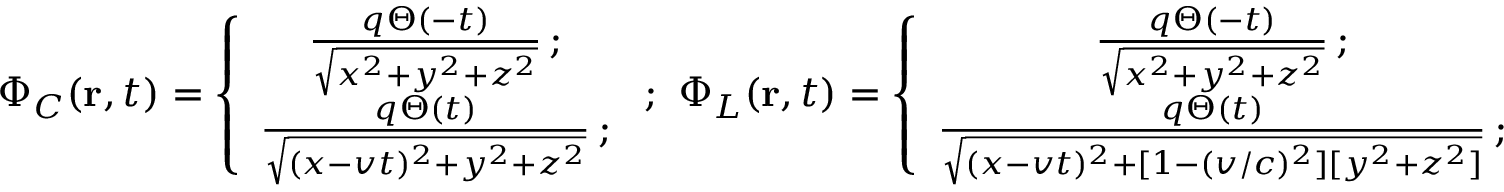
\Phi _ { C } ( { \bf r } , t ) = \left\{ \begin{array} { c c c } { \frac { q \Theta ( - t ) } { \sqrt { x ^ { 2 } + y ^ { 2 } + z ^ { 2 } } } \, ; } \\ { \frac { q \Theta ( t ) } { \sqrt { ( x - v t ) ^ { 2 } + y ^ { 2 } + z ^ { 2 } } } \, ; } \end{array} \right. ; \, \, \Phi _ { L } ( { \bf r } , t ) = \left\{ \begin{array} { c c c } { \frac { q \Theta ( - t ) } { \sqrt { x ^ { 2 } + y ^ { 2 } + z ^ { 2 } } } \, ; } \\ { \frac { q \Theta ( t ) } { \sqrt { ( x - v t ) ^ { 2 } + [ 1 - ( v / c ) ^ { 2 } ] [ y ^ { 2 } + z ^ { 2 } ] } } \, ; } \end{array} \right.